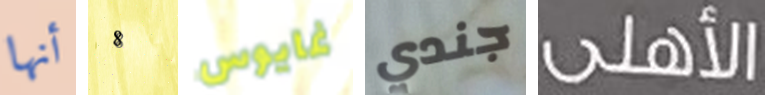
أنها 8 غايوس جندي الأهلى